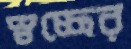
স্বচ্ছের